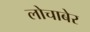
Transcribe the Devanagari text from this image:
लोचाबेर